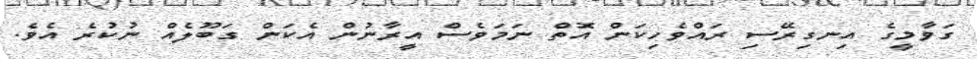
ގަވާމީގެ އިނގިރޭސި ރައްވެހިކަން އޮތް ނަމަވެސް އީރާނުން އެކަން ގަބޫލެއް ނުކުރެ އެވެ.